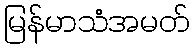
မြန်မာသံအမတ်